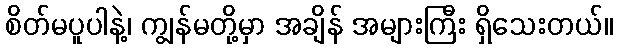
စိတ်မပူပါနဲ့၊ ကျွန်မတို့မှာ အချိန် အများကြီး ရှိသေးတယ်။